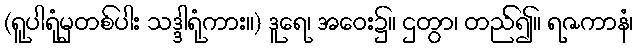
(ရူပါရုံမှတစ်ပါး သဒ္ဒါရုံကား။) ဒူရေ၊ အဝေး၌။ ဌတွာ၊ တည်၍။ ရဇကာနံ၊